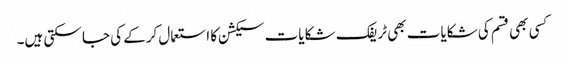
کسی بھی قسم کی شکایات بھی ٹریفک شکایات سیکشن کا استعمال کرکے کی جا سکتی ہیں۔